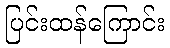
ပြင်းထန်ကြောင်း